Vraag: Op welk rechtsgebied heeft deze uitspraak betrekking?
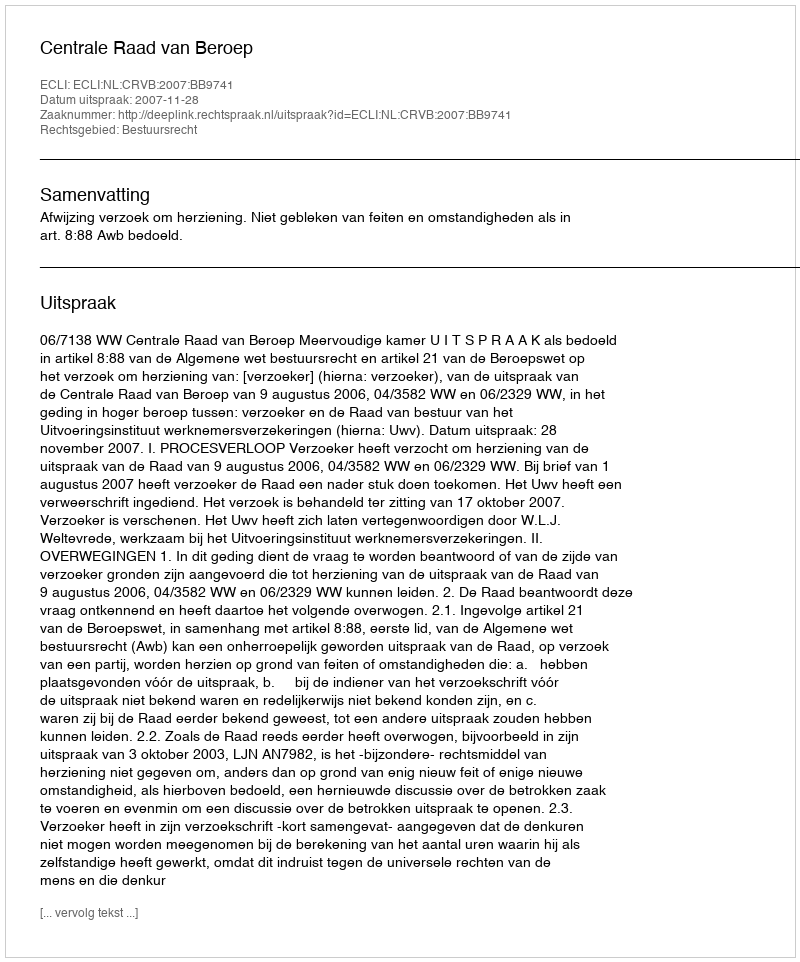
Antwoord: Bestuursrecht